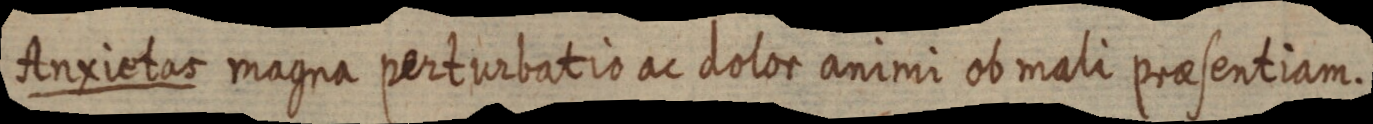
Anxietas magna perturbatio ac dolor animi ob mali praesentiam.